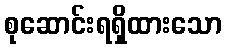
စုဆောင်းရရှိထားသော